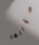
سؤالها